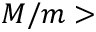
M / m >